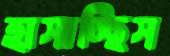
হাসাচ্ছিস